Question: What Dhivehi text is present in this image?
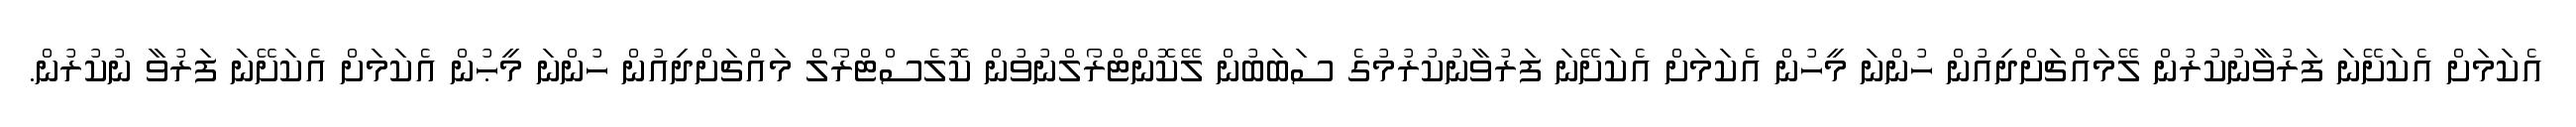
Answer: އެކަމަށް އެކަށޭނަ ފަރުވާނުކުރުން ލޭމައްޗަށްދިއުން ހުންނަ މީހުން އެކަމަށް އެކަށޭނަ ފަރުވާނުކުރުމުގެ ސަބަބުން ލޭކޮންޓްރޯލްނުވުން ކޮލެސްޓްރޯލް މައްޗަށްދިއުން ހުންނަ މީޙުން އެކަމަށް އެކަށޭނަ ފަރުވާ ނުކުރުން.